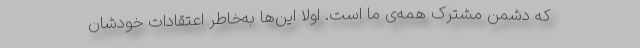
که دشمن مشترک همه‌ی ما است. اولاً این‌ها به‌خاطر اعتقادات خودشان